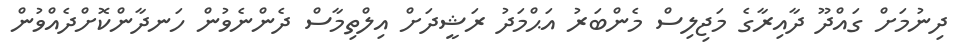
ދިނުމަށް ގައްދޫ ދާއިރާގެ މަޖިލިސް މެންބަރު އަޙްމަދު ރަޝީދަށް އިލްތިމާސް ދެންނެވުން ހަނދާންކޮށްދެއްވުން